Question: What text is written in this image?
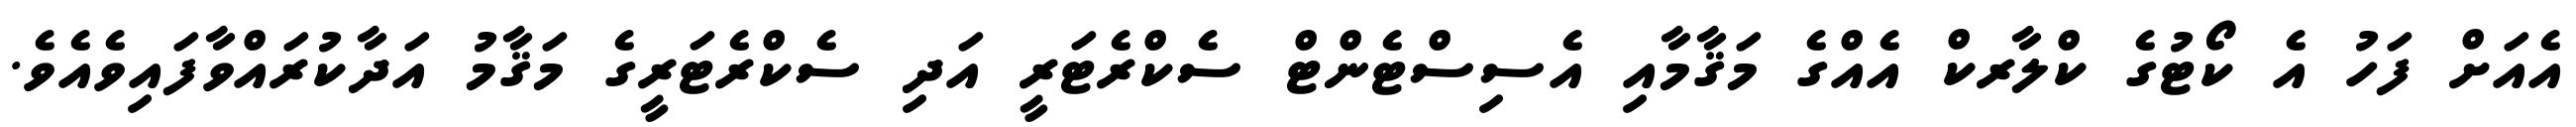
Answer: އެއަށް ފަހު އެ ކޯޓުގެ ކްލާރކް އެއްގެ މަޤާމާއި އެސިސްޓެންޓް ސެކްރެޓަރީ އަދި ސެކްރެޓަރީގެ މަޤާމު އަދާކުރައްވާފައިވެއެވެ.